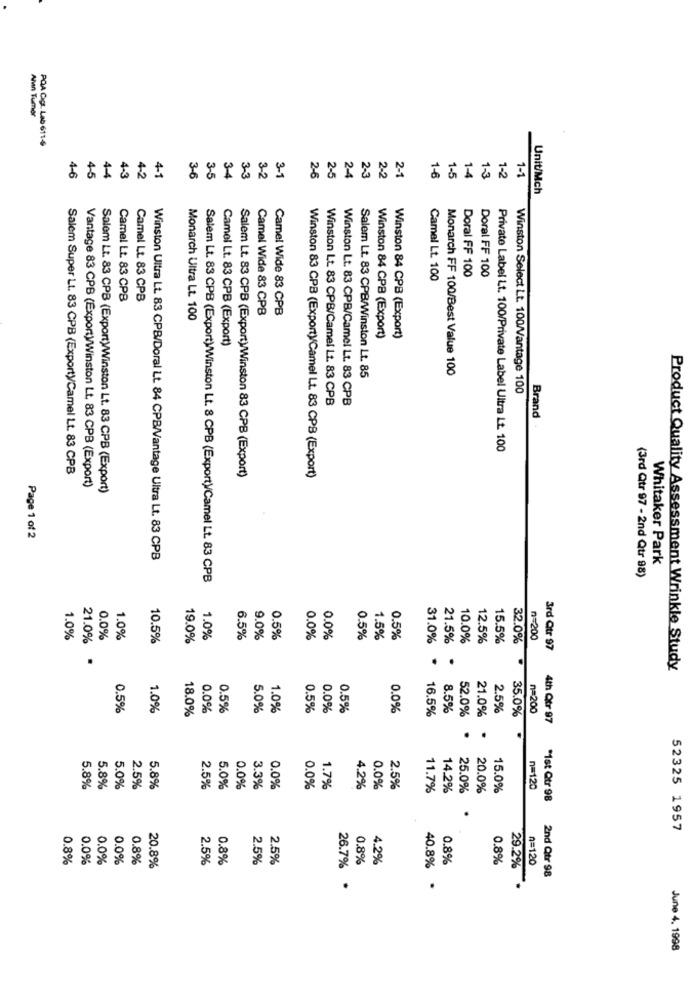
Amn Tumer
PQA Cigg. Lab 611€
4-6
4-1
3-4
2-6
2-3
2-1
1-5
1-3
1-2
1-1
4-5
4-4
4-3
4-2
3-6
3-5
3-3
3-2
3-1
2-5
2-4
2-2
1-6
1-4
Unit/Mch
Doral FF 100
Doral FF 100
Camel Lt. 100
Camel Lt. 83 CPB
Camel Lt. 83 CPB
Camel Wide 83 CPB
Camel Wide 83 CPB
Monarch Ultra Lt. 100
Winston 84 CPB (Export)
Winston 84 CPB (Export)
Camel Lt. 83 CPB (Export)
Salem Lt. 83 CPB/Winston Lt. 85
Monarch FF 100/Best Value 100
Winston Select Lt. 100/Vantage 100
Winston Lt. 83 CPB/Camel Lt. 83 CPB
Winston Lt. 83 CPB/Camel Lt. 83 CPB
Brand
Private Label Lt. 100/Private Label Ultra Lt. 100
Salem Super Lt. 83 CPB (Exporty/Camel Lt. 83 CPB
Vantage 83 CPB (Export)/Winston Lt. 83 CPB (Export)
Salem Lt. 83 CPB (Export)/Winston 83 CPB (Export)
Winston 83 CPB (Exporty/Camel Lt. 83 CPB (Export)
Salem Lt. 83 CPB (Export)Winston Lt. 83 CPB (Export)
Page 1 of 2
Winston Ultra Lt. 83 CPB/Doral Lt. 84 CPB/Vantage Ultra Lt. 83 CPB
Whitaker Park
Salem Lt. 83 CPB (Export)/Winston Lt. 8 CPB (Export)/Camel Lt. 83 CPB
(3rd Qtr 97 - 2nd Qtr 98)
1.0%
21.0%
0.0%
1.0%
10.5%
19.0%
1.0%
6.5%
9.0%
0.5%
0.0%
0.0%
0.5%
1.5%
0.5%
31.0%
21.5%
10.0%
12.5%
15.5%
n=200
32.0%
3rd Qtr 97
.
.
.
Product Quality Assessment Wrinkle Study
0.5%
1.0%
18.0%
0.0%
0.5%
5.0%
1.0%
0.5%
0.0%
0.5%
0.0%
16.5%
8.5%
52.0%
21.0%
2.5%
35.0%
n=200
4th Qtr 97
.
.
5.8%
5.8%
5.0%
2.5%
5.8%
2.5%
5.0%
0.0%
3.3%
0.0%
0.0%
1.7%
4.2%
0.0%
2.5%
11.7%
14.2%
25.0%
20.0%
15.0%
n=120
*Ist Qtr 98
.
52325 1957
0.8%
0.0%
0.0%
0.0%
0.8%
2.5%
0.8%
2.5%
2.5%
0.8%
4.2%
0.8%
0.8%
n=120
20.8%
26.7%
40.8%
29.2%
2nd Qtr 98
.
June 4, 1998